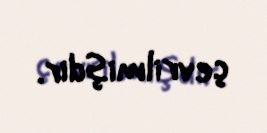
çevrilmişdir.